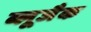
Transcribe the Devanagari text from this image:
ब्लूजैक